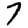
Digit: 7